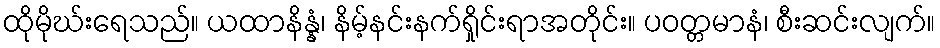
ထိုမိုဃ်းရေသည်။ ယထာနိန္နံ၊ နိမ့်နင်းနက်ရှိုင်းရာအတိုင်း။ ပဝတ္တမာနံ၊ စီးဆင်းလျက်။